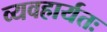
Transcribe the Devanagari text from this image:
व्यवहार्यतः